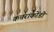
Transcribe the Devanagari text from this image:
कचराकोंडी